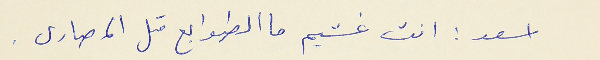
اسعد : انت غشيم ما الطوابع متل المصارى .